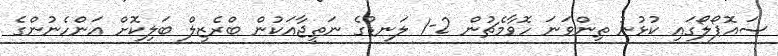
ސައޮޕޯލޯގައި ކުޅުނު ތިންވަނަ ހޮވާމެޗުން 2-1 ލަނޑުގެ ނަތީޖާއަކުން ބްރެޒިލް ބަލިކޮށް އަންހެނުންގެ